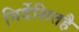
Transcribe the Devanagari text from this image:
निर्देशितहै